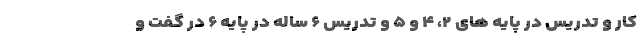
کار و تدریس در پایه های ۲، ۴ و ۵ و تدریس ۶ ساله در پایه ۶ در گفت و